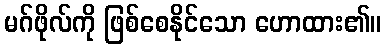
မဂ်ဖိုလ်ကို ဖြစ်စေနိုင်သော ဟောထား၏။